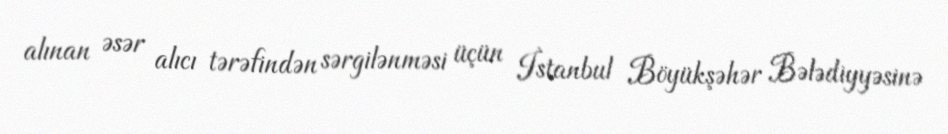
alınan əsər alıcı tərəfindən sərgilənməsi üçün İstanbul Böyükşəhər Bələdiyyəsinə